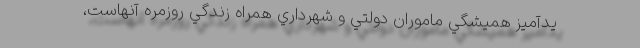
يدآميز هميشگي ماموران دولتي و شهرداري همراه زندگي روزمره آنهاست،